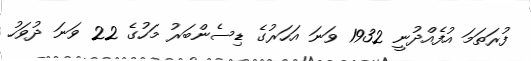
ފުރަތަމަ އުފެއްދުނީ 1932 ވަނަ އަހަރުގެ ޑިސެންބަރު މަހުގެ 22 ވަނަ ދުވަހު